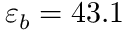
\varepsilon _ { b } = 4 3 . 1